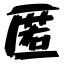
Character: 匿